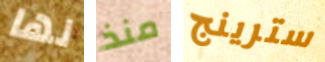
لها منذ سترينج